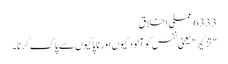
6333 عملی اخلاق
" تزکیھ " یعنی نفس کو آلودگیوں اور ناپاکیوں سے پاک کرنا۔